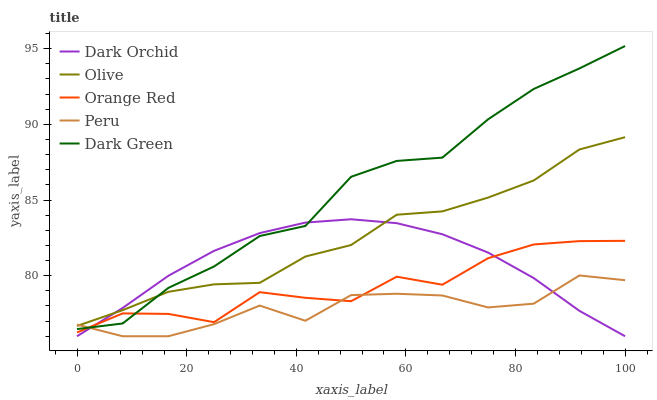
| xaxis_label | Dark Orchid | Olive | Orange Red | Peru | Dark Green |
 | --- | --- | --- | --- | --- | --- |
 | 0 | 76 | 76.7 | 76.2 | 76.8 | 76.5 |
 | 8.33 | 77.9 | 77.7 | 77.5 | 76 | 76.8 |
 | 16.7 | 80 | 78.9 | 77.5 | 76 | 79.2 |
 | 25 | 81.6 | 79.4 | 76.9 | 76.8 | 80.6 |
 | 33.3 | 82.8 | 79.5 | 78.9 | 78 | 82.6 |
 | 41.7 | 83.5 | 81.3 | 78.5 | 77 | 83.3 |
 | 50 | 83.7 | 82 | 78.3 | 78.7 | 86.5 |
 | 58.3 | 83.5 | 84 | 79.9 | 78.8 | 87.6 |
 | 66.7 | 82.7 | 84.2 | 79.4 | 78.7 | 87.8 |
 | 75 | 81.5 | 85.2 | 81.2 | 77.9 | 90.3 |
 | 83.3 | 79.8 | 86.3 | 82.1 | 78.2 | 92.3 |
 | 91.7 | 77.7 | 88.3 | 82.3 | 80 | 93.7 |
 | 100 | 76 | 89.2 | 82.3 | 79.7 | 95.2 |